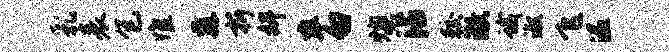
乳表包惟纛折婢率勿燠沾较澈蛾淑飞温